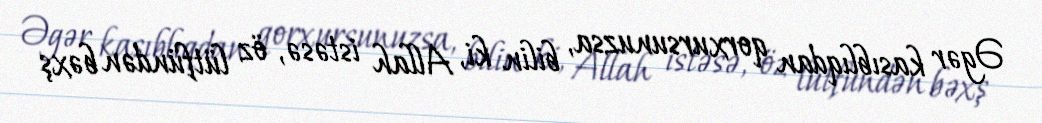
Əgər kasıblıqdan qorxursunuzsa, bilin ki, Allah istəsə, öz lütfündən bəxş